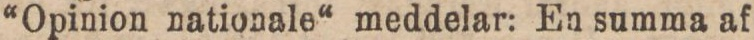
“Opinion nationale“ meddelar: En summa af